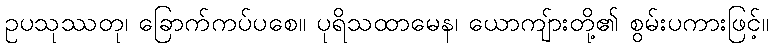
ဥပသုဿတု၊ ခြောက်ကပ်ပစေ။ ပုရိသထာမေန၊ ယောကျ်ားတို့၏ စွမ်းပကားဖြင့်။